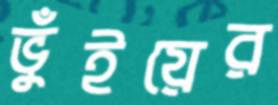
ভুঁইয়ের